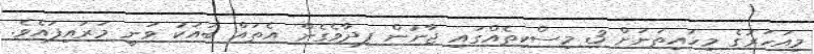
މިއަހަރުގެ މިހައިތަނަށް 3 މިސްކިތެއްގައި ޖާނުން ފިދާވެގެން އެތައް ބައަކު ވަނީ މަރައިފައެވެ.